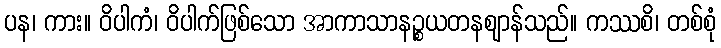
ပန၊ ကား။ ဝိပါကံ၊ ဝိပါက်ဖြစ်သော အာကာသာနဉ္စယတနဈာန်သည်။ ကဿစိ၊ တစ်စုံ